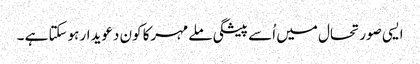
ایسی صورتحال میں اُسے پیشگی ملےمہرکا کون دعویدار ہوسکتا ہے ۔